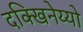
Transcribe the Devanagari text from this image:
दक्खिनेय्यो